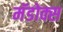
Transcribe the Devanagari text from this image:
मॅडोक्स